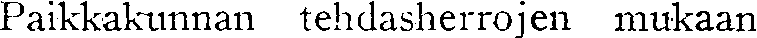
Paikkakunnan tehdasherrojen mukaan